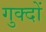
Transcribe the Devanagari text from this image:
गुक्दों